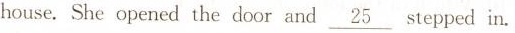
house. She opened the door and \underline{25} stepped in.